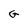
Character: G